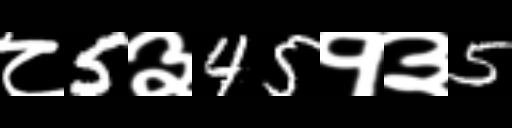
Text: ८5३45१३5